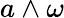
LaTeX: a\wedge\omega